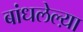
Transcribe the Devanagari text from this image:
बांधलेल्य़ा